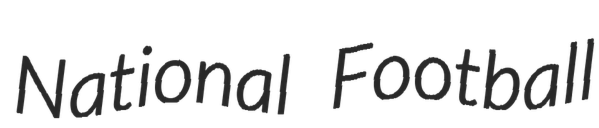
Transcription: National Football